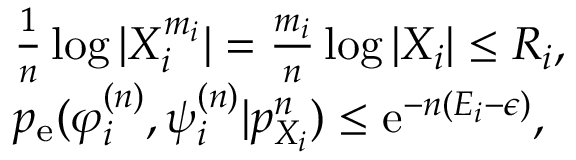
\begin{array} { r l } & { \frac { 1 } { n } \log | { \cal X } _ { i } ^ { m _ { i } } | = \frac { m _ { i } } { n } \log | { \cal X } _ { i } | \leq R _ { i } , } \\ & { p _ { \mathrm { e } } ( \varphi _ { i } ^ { ( n ) } , \psi _ { i } ^ { ( n ) } | { p } _ { X _ { i } } ^ { n } ) \leq \mathrm { e } ^ { - n ( E _ { i } - \epsilon ) } , } \end{array}